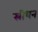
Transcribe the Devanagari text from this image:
स्रीधन